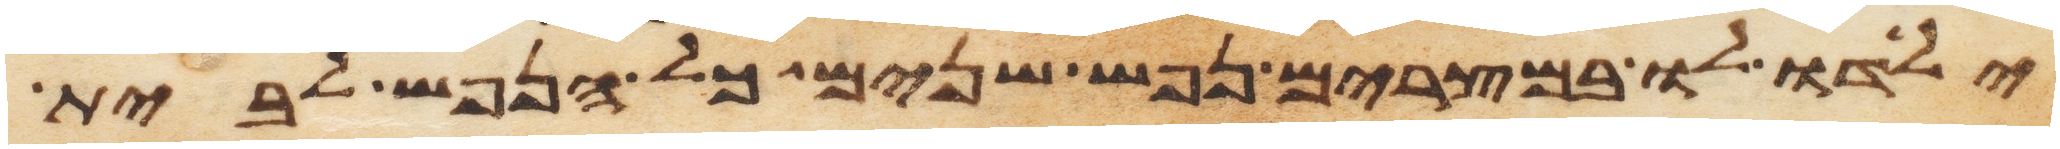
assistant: ילדו לו במצרים נפש שנים כל הנפש לבית